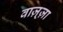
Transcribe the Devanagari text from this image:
वाज़्ज़ा